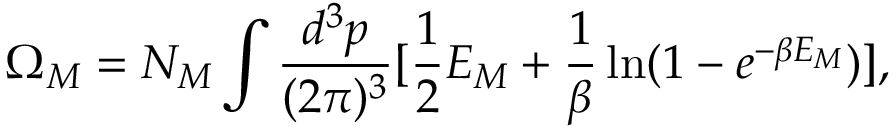
\Omega _ { M } = N _ { M } \int \frac { d ^ { 3 } p } { ( 2 \pi ) ^ { 3 } } [ \frac 1 2 E _ { M } + \frac 1 \beta \ln ( 1 - e ^ { - \beta E _ { M } } ) ] ,